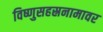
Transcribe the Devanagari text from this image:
विष्णुसहस्रनामावर